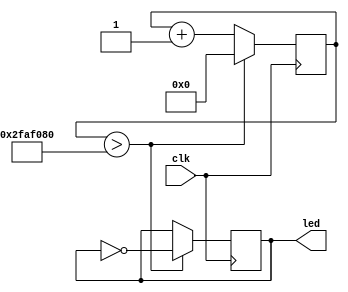
module led_blink(clk,led);

input clk;
output led;

reg [31:0] counter;
reg led_status;

initial begin
	counter <= 32'b0;
	led_status <= 1'b0;
end

always @ (posedge clk) 
begin
	counter <= counter + 1'b1;

	if (counter > 50000000)

		begin
			led_status <= !led_status;
			counter <= 32'b0;
		end


end

assign led=led_status;

endmodule